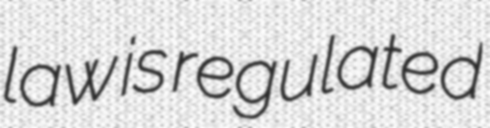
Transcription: law is regulated